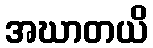
အဃာတယိ